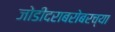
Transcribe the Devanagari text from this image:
जोडीदराबरोबरच्या